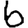
Digit: 6